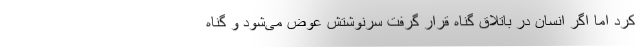
کرد اما اگر انسان در باتلاق گناه قرار گرفت سرنوشتش عوض می‌شود و گناه